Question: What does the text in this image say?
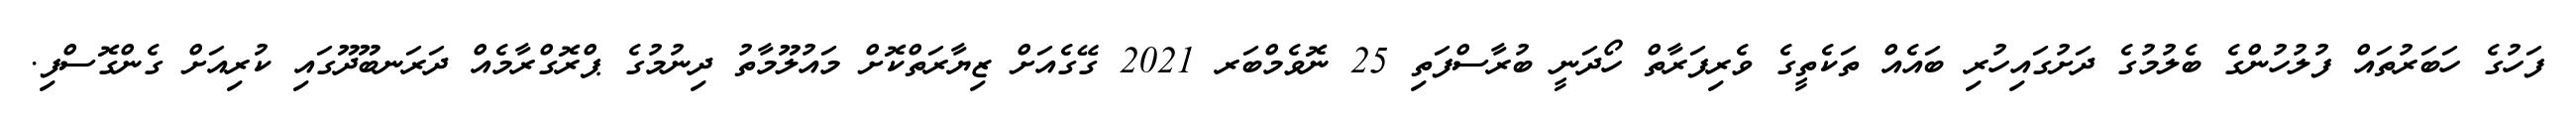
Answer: ފަހުގެ ހަބަރުތައް ފުލުހުންގެ ބެލުމުގެ ދަށުގައިހުރި ބައެއް ތަކެތީގެ ވެރިފަރާތް ހޯދަނީ ބުރާސްފަތި 25 ނޮވެމްބަރ 2021 ގޭގެއަށް ޒިޔާރަތްކޮށް މައުލޫމާތު ދިނުމުގެ ޕްރޮގްރާމެއް ދަރަނބޫދޫގައި ކުރިއަށް ގެންގޮސްފި.